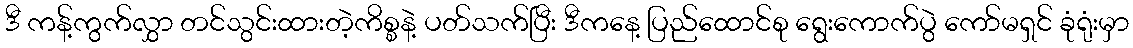
ဒီ ကန့်ကွက်လွှာ တင်သွင်းထားတဲ့ကိစ္စနဲ့ ပတ်သက်ပြီး ဒီကနေ့ ပြည်ထောင်စု ရွေးကောက်ပွဲ ကော်မရှင် ခုံရုံးမှာ